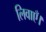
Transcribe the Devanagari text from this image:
लिवाएँ।